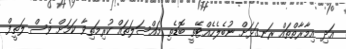
އަދި އިމާރާތްތައް ރަނގަޅަށް ނުބެލެހެއްޓޭތީ ބޮޑެތި މައްސަލަތައް ކުރިމަތިވާ ކަމަށް ވެސް ލަތީފް